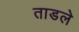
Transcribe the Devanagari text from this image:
ताडले